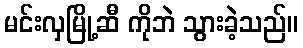
မင်းလှမြို့ဆီ ကိုဘဲ သွားခဲ့သည်။